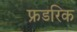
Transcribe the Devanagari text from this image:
फ्रडरिक